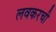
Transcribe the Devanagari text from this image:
लवकरची